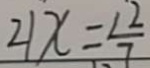
2 1 x = \frac { 1 2 } { 7 }